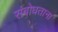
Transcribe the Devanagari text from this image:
संबोधताना